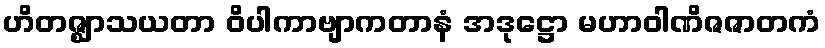
ဟိတဇ္ဈာသယတာ ဝိပါကာဗျာကတာနံ အဒုဋ္ဌော မဟာဝါဏိဇဇာတကံ